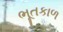
ભૂતકાળ